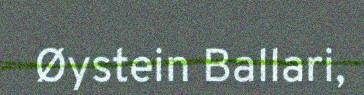
Øystein Ballari,